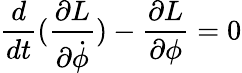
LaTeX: \frac{d}{dt}(\frac{\partial L}{\partial\dot{\phi}})-\frac{\partial L}{\partial\phi}=0